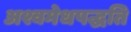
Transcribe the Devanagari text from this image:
अश्वमेधपद्धति